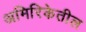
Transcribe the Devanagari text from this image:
अमिरिकेतील